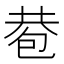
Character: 𢁀